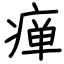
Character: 瘅